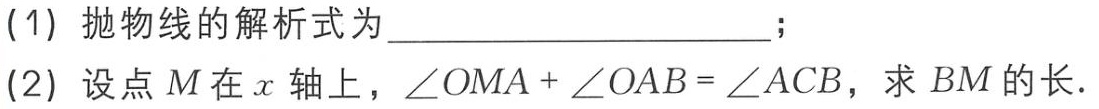
(1) 抛物线的解析式为____________________；

(2) 设点\(M\)在\(x\)轴上，\(\angle OMA + \angle OAB = \angle ACB\)，求\(BM\)的长.